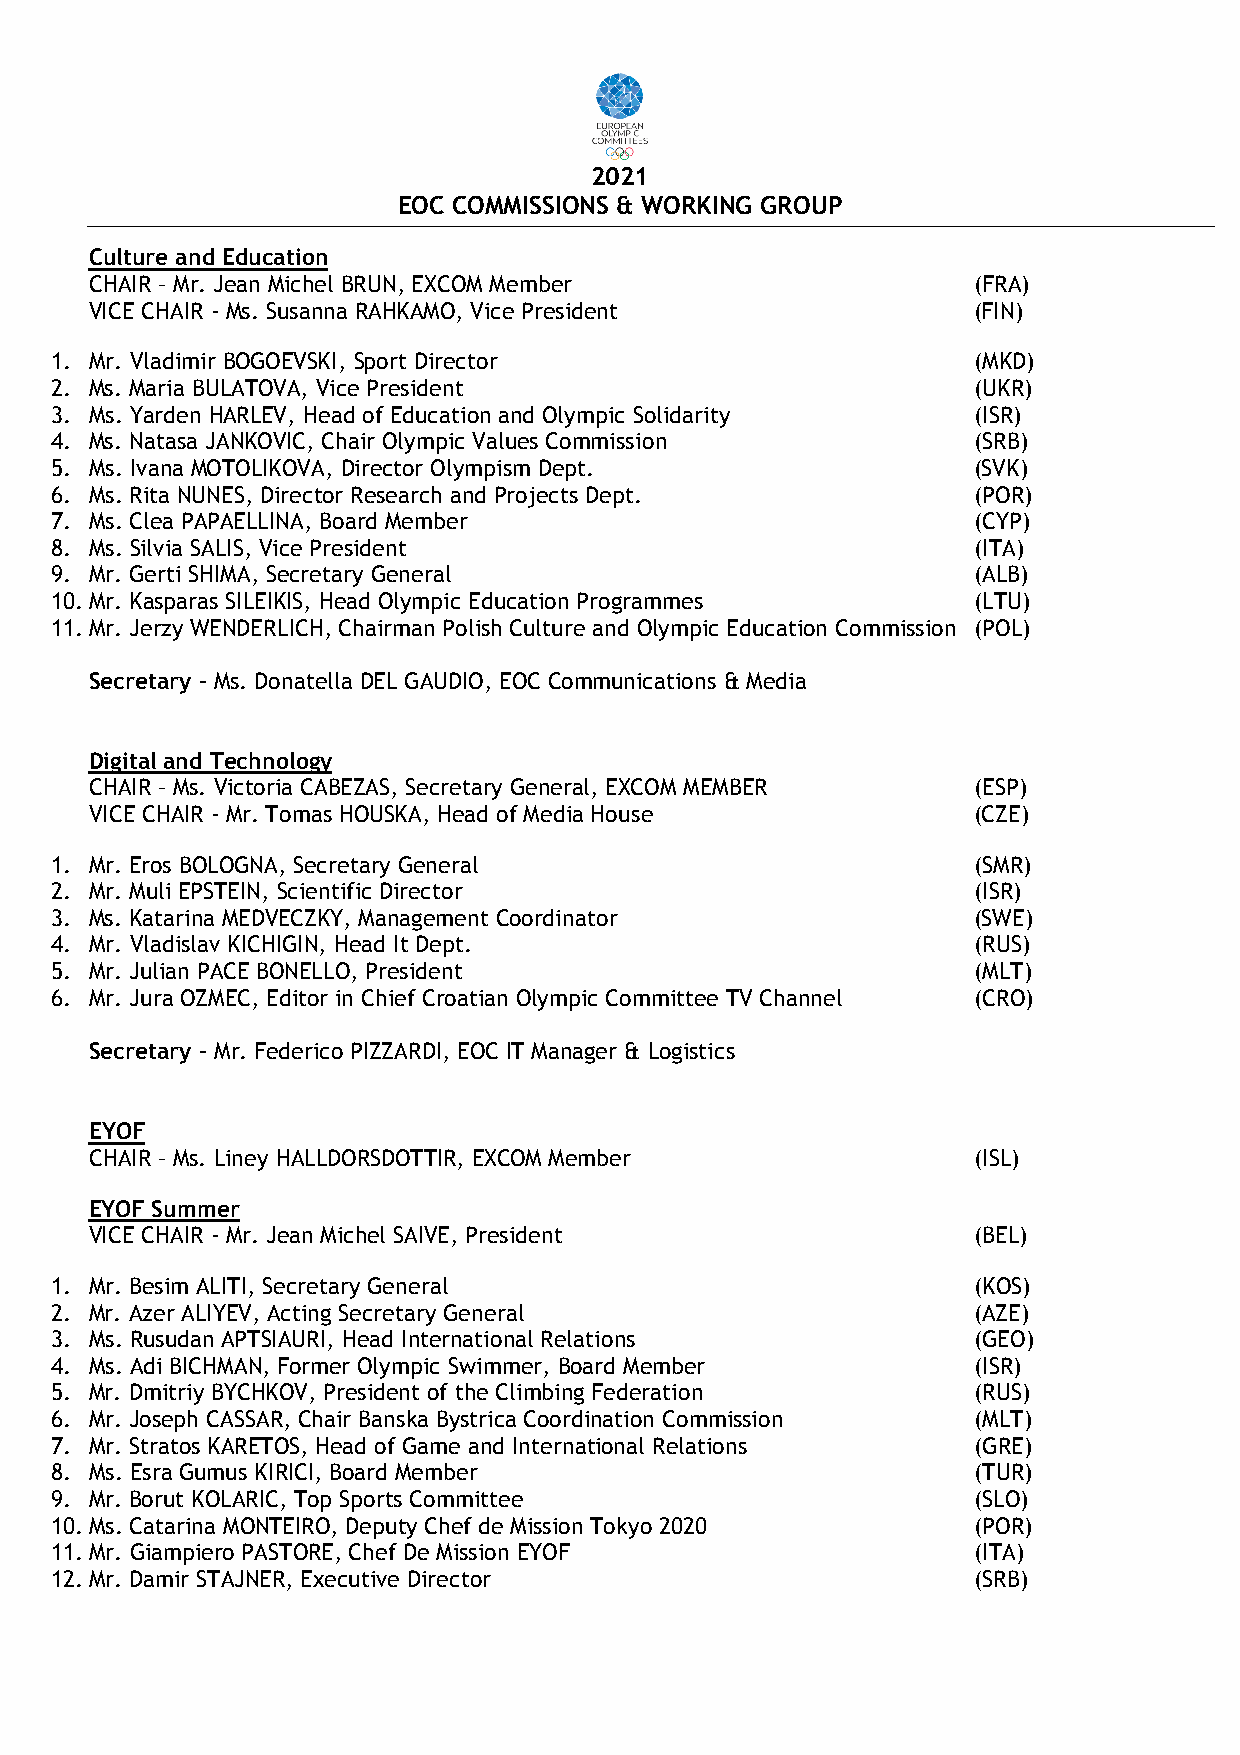
2021
 EOC COMMISSIONS & WORKING GROUP
 Culture and Education
 CHAIR – Mr. Jean Michel BRUN, EXCOM Member                (FRA)
 VICE CHAIR - Ms. Susanna RAHKAMO, Vice President          (FIN)
 1. Mr. Vladimir BOGOEVSKI, Sport Director                    (MKD)
 2. Ms. Maria BULATOVA, Vice President                        (UKR)
 3. Ms. Yarden HARLEV, Head of Education and Olympic Solidarity (ISR)
 4. Ms. Natasa JANKOVIC, Chair Olympic Values Commission      (SRB)
 5. Ms. Ivana MOTOLIKOVA, Director Olympism Dept.             (SVK)
 6. Ms. Rita NUNES, Director Research and Projects Dept.      (POR)
 7. Ms. Clea PAPAELLINA, Board Member                         (CYP)
 8. Ms. Silvia SALIS, Vice President                          (ITA)
 9. Mr. Gerti SHIMA, Secretary General                        (ALB)
 10. Mr. Kasparas SILEIKIS, Head Olympic Education Programmes (LTU)
 11. Mr. Jerzy WENDERLICH, Chairman Polish Culture and Olympic Education Commission (POL)
 Secretary – Ms. Donatella DEL GAUDIO, EOC Communications & Media
 Digital and Technology
 CHAIR – Ms. Victoria CABEZAS, Secretary General, EXCOM MEMBER (ESP)
 VICE CHAIR - Mr. Tomas HOUSKA, Head of Media House        (CZE)
 1. Mr. Eros BOLOGNA, Secretary General                       (SMR)
 2. Mr. Muli EPSTEIN, Scientific Director                     (ISR)
 3. Ms. Katarina MEDVECZKY, Management Coordinator            (SWE)
 4. Mr. Vladislav KICHIGIN, Head It Dept.                     (RUS)
 5. Mr. Julian PACE BONELLO, President                        (MLT)
 6. Mr. Jura OZMEC, Editor in Chief Croatian Olympic Committee TV Channel (CRO)
 Secretary – Mr. Federico PIZZARDI, EOC IT Manager & Logistics
 EYOF
 CHAIR – Ms. Liney HALLDORSDOTTIR, EXCOM Member            (ISL)
 EYOF Summer
 VICE CHAIR - Mr. Jean Michel SAIVE, President             (BEL)
 1. Mr. Besim ALITI, Secretary General                        (KOS)
 2. Mr. Azer ALIYEV, Acting Secretary General                 (AZE)
 3. Ms. Rusudan APTSIAURI, Head International Relations       (GEO)
 4. Ms. Adi BICHMAN, Former Olympic Swimmer, Board Member     (ISR)
 5. Mr. Dmitriy BYCHKOV, President of the Climbing Federation (RUS)
 6. Mr. Joseph CASSAR, Chair Banska Bystrica Coordination Commission (MLT)
 7. Mr. Stratos KARETOS, Head of Game and International Relations (GRE)
 8. Ms. Esra Gumus KIRICI, Board Member                       (TUR)
 9. Mr. Borut KOLARIC, Top Sports Committee                   (SLO)
 10. Ms. Catarina MONTEIRO, Deputy Chef de Mission Tokyo 2020 (POR)
 11. Mr. Giampiero PASTORE, Chef De Mission EYOF              (ITA)
 12. Mr. Damir STAJNER, Executive Director                    (SRB)